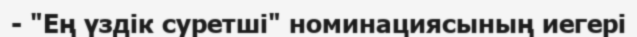
- "Ең үздік суретші" номинациясының иегері